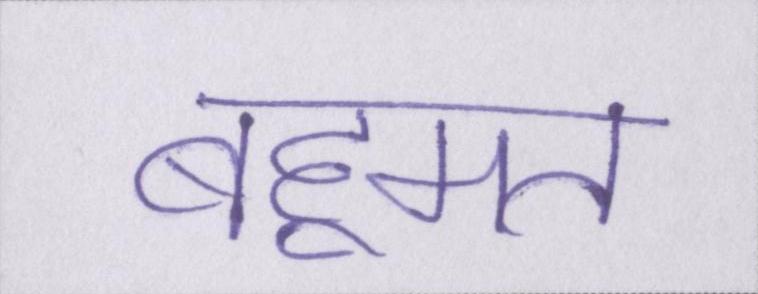
बहूमत